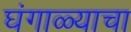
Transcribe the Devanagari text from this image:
घंगाळ्याचा